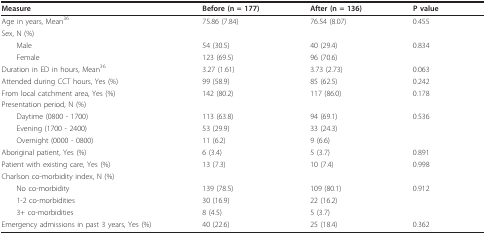
<table><thead><tr><td><b>Measure</b></td><td><b>Before (n = 177)</b></td><td><b>After (n = 136)</b></td><td><b>P value</b></td></tr></thead><tbody><tr><td>Age in years, Mean <sup>36</sup></td><td>75.86 (7.84)</td><td>76.54 (8.07)</td><td>0.455</td></tr><tr><td>Sex, N (%)</td><td></td><td></td><td></td></tr><tr><td> Male</td><td>54 (30.5)</td><td>40 (29.4)</td><td>0.834</td></tr><tr><td> Female</td><td>123 (69.5)</td><td>96 (70.6)</td><td></td></tr><tr><td>Duration in ED in hours, Mean <sup>36</sup></td><td>3.27 (1.61)</td><td>3.73 (2.73)</td><td>0.063</td></tr><tr><td>Attended during CCT hours, Yes (%)</td><td>99 (58.9)</td><td>85 (62.5)</td><td>0.242</td></tr><tr><td>From local catchment area, Yes (%)</td><td>142 (80.2)</td><td>117 (86.0)</td><td>0.178</td></tr><tr><td>Presentation period, N (%)</td><td></td><td></td><td></td></tr><tr><td> Daytime (0800 - 1700)</td><td>113 (63.8)</td><td>94 (69.1)</td><td>0.536</td></tr><tr><td> Evening (1700 - 2400)</td><td>53 (29.9)</td><td>33 (24.3)</td><td></td></tr><tr><td> Overnight (0000 - 0800)</td><td>11 (6.2)</td><td>9 (6.6)</td><td></td></tr><tr><td>Aboriginal patient, Yes (%)</td><td>6 (3.4)</td><td>5 (3.7)</td><td>0.891</td></tr><tr><td>Patient with existing care, Yes (%)</td><td>13 (7.3)</td><td>10 (7.4)</td><td>0.998</td></tr><tr><td>Charlson co-morbidity index, N (%)</td><td></td><td></td><td></td></tr><tr><td> No co-morbidity</td><td>139 (78.5)</td><td>109 (80.1)</td><td>0.912</td></tr><tr><td> 1-2 co-morbidities</td><td>30 (16.9)</td><td>22 (16.2)</td><td></td></tr><tr><td> 3+ co-morbidities</td><td>8 (4.5)</td><td>5 (3.7)</td><td></td></tr><tr><td>Emergency admissions in past 3 years, Yes (%)</td><td>40 (22.6)</td><td>25 (18.4)</td><td>0.362</td></tr></tbody></table>